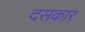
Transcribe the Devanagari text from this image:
दसकार